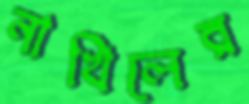
নাখিলের